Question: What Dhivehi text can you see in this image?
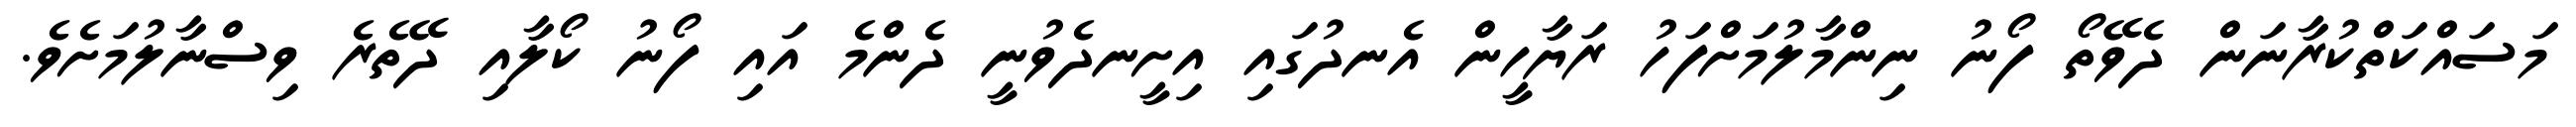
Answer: މަސައްކަތްކުރާނަން ދެވޭތޯ ފޯނު ނިންމާލުމަށްފަހު ރަޔާހީން އެނދުގައި އިށީނދެވުނީ ދެންމެ އައި ފޯނު ކޯލާއި ދޭތެރެ ވިސްނާލުމަށެވެ.